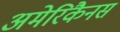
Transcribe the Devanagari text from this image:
अमेरिकैनस